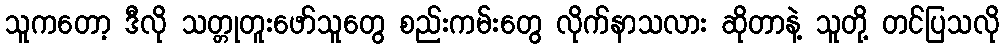
သူကတော့ ဒီလို သတ္တုတူးဖော်သူတွေ စည်းကမ်းတွေ လိုက်နာသလား ဆိုတာနဲ့ သူတို့ တင်ပြသလို